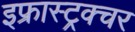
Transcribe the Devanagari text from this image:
इफ्रास्ट्रक्चर